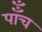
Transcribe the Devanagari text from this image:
पाँँच